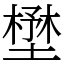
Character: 𡐨